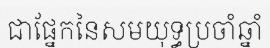
ជាផ្នែកនៃសមយុទ្ធប្រចាំឆ្នាំ